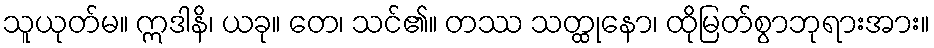
သူယုတ်မ။ ဣဒါနိ၊ ယခု။ တေ၊ သင်၏။ တဿ သတ္ထုနော၊ ထိုမြတ်စွာဘုရားအား။